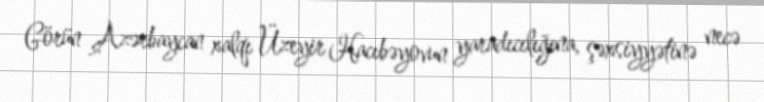
Görün Azərbaycan xalqı Üzeyir Hacıbəyovun yaradıcılığına, şəxsiyyətinə necə